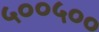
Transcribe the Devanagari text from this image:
५००५००